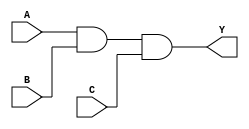
module ThreeInputAND (
    input A, // Input signal A
    input B, // Input signal B
    input C, // Input signal C
    output Y // Output signal
);

assign Y = (A & B & C);

endmodule